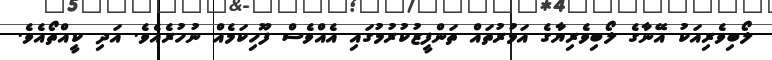
ލޯބިވެރިއަކު އޭނާގެ ލޯބިވެރިޔާގެ އަމުރުތައް ތަންފީޒުކުރުމުގައި އެއްވެސް ފޫހިކަމެއް ނުހުރެއެވެ. އަދި ކީއްތޯއެވެ.